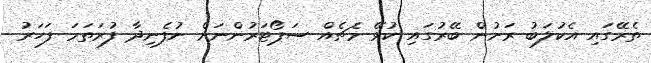
ތެރޭގައި އެކުލަބު ރަށުން ބޭރުގައި ކުޅޭ މެޗެއް ސަޕޯޓަރުންނަށް ނުފެނިދާ ފުރަތަމަ ފަހަރު